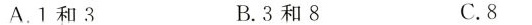
A.1和3 B.3和8 C.8